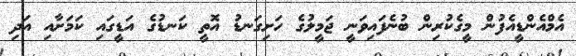
އެމްއެންޑީއެފުން މީގެކުރިން ބުނެފައިވަނީ ޖަމީލުގެ ހަށިގަނޑު އޮތީ ކަނޑުގެ އަޑީގައި ކަމަށާއި އަދި